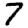
Digit: 7